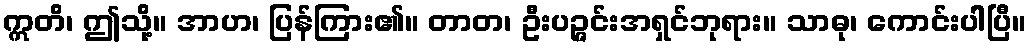
ဣတိ၊ ဤသို့။ အာဟ၊ ပြန်ကြား၏။ တာတ၊ ဦးပဉ္ဇင်းအရှင်ဘုရား။ သာဓု၊ ကောင်းပါပြီ။